Trukikaitis_Postimees, lk 135
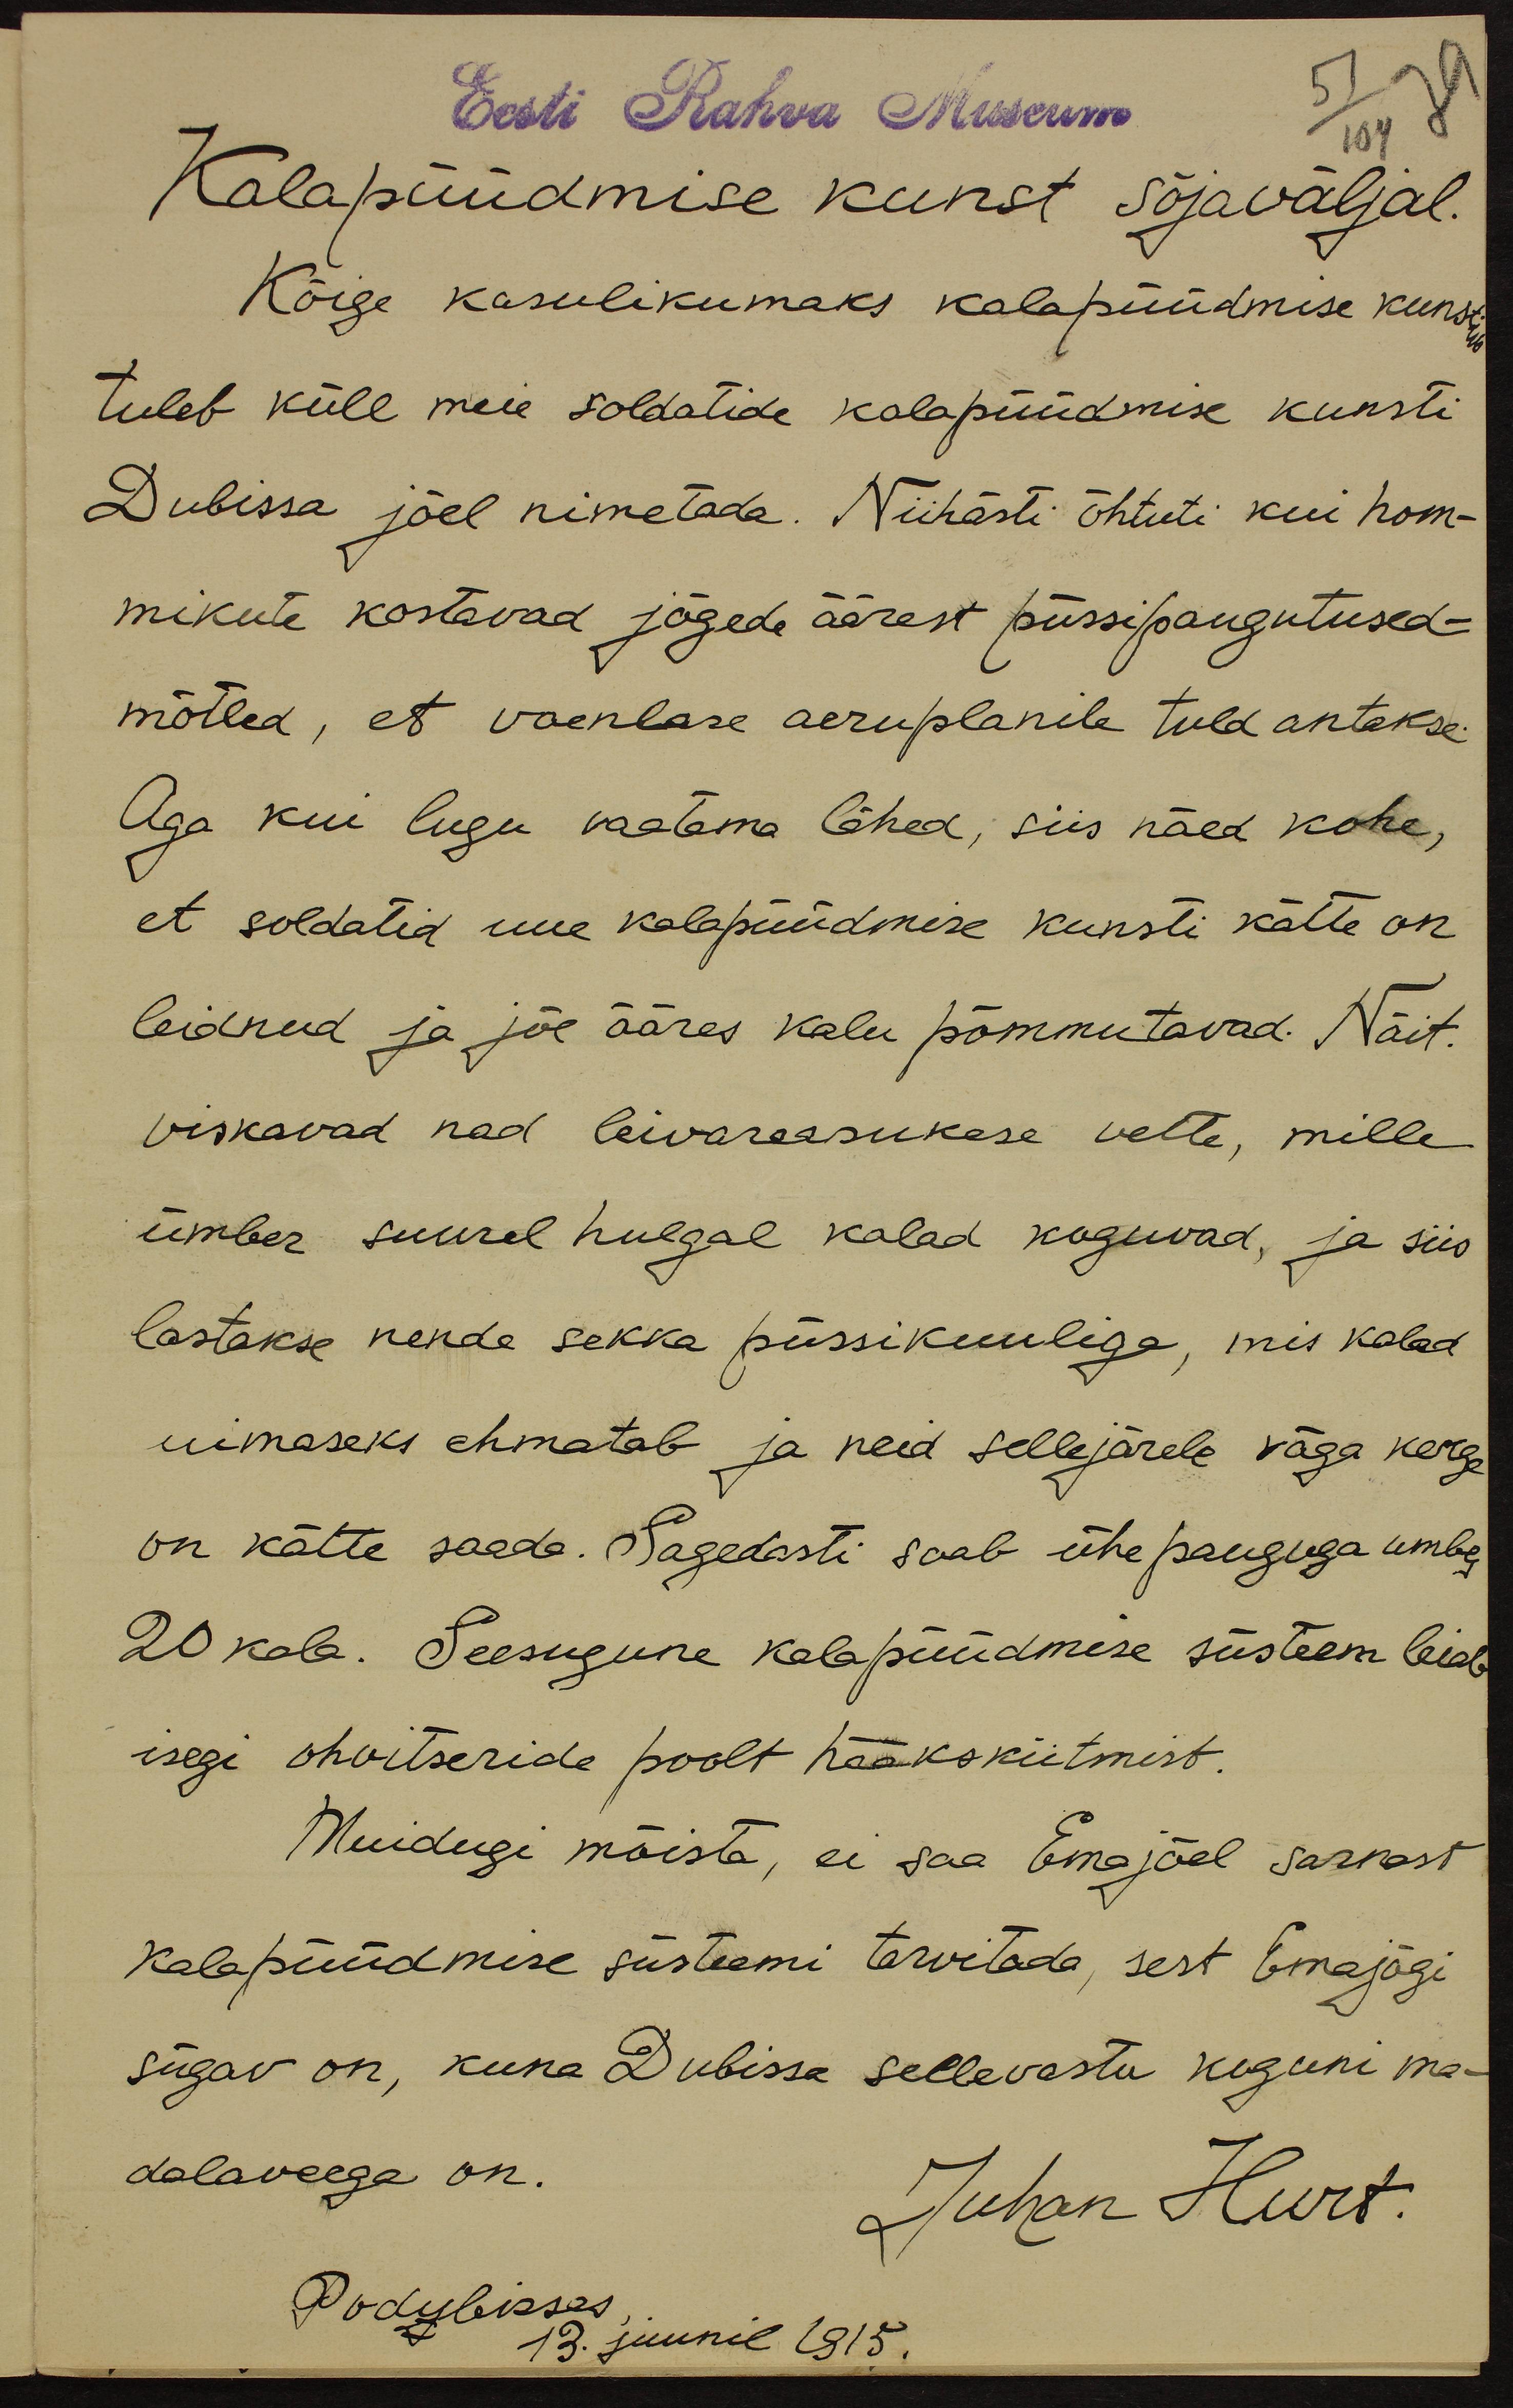
Eesti Rahva Museum
Kalapüüdmise kunst sõjaväljal.
Kõige kasulikumaks kalapüüdmise kunstiks
tuleb küll meie soldatide kalapüüdmise kunsti
Dubissa jõel nimetada. Niihästi õhtuti kui hom-
mikute kostavad jõgede äärest püssipaugutused –
mõtled, et vaenlase aeruplanile tuld antakse.
Aga kui lugu vaatama lähed, siis näed kohe,
et soldatid uue kalapüüdmise kunsti kätte on
leidnud ja jõe ääres kalu põmmutavad. Näit.
viskavad nad leivaraasukese vette, mille
ümber suurel hulgal kalad koguvad, ja siis
lastakse nende sekka püssikuuliga, mis kalad
uimaseks ehmatab ja neid sellejärele väga kerge
on kätte saade. Sagedasti saab ühe pauguga umbes
20 kala. Seesugune kalapüüdmise süsteem leiab
isegi ohvitseride poolt hääkskiitmist.
Muidugi mõista, ei saa Emajõel sarnast
kalapüüdmise süsteemi tarvitada, sest Emajõgi
sügav on, kuna Dubissa sellevastu koguni ma-
dalaveega on.
Juhan Hurt.
Podubisses,
13. juunil 1915.